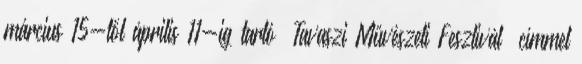
március 15-től április 11-ig tartó “Tavaszi Művészeti Fesztivál” címmel